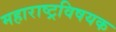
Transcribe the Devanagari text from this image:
महाराष्ट्रविषयक